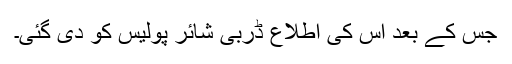
جس کے بعد اس کی اطلاع ڈربی شائر پولیس کو دی گئی۔